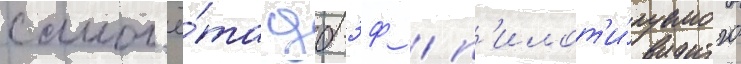
самол'ё́та дб-3ф / п'илот'и́руемого